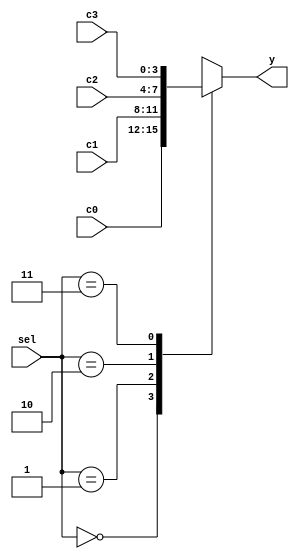
module dataselector(sel,c0,c1,c2,c3,y);
input [1:0] sel;
input [3:0] c0,c1,c2,c3;
output [3:0] y;

reg [3:0] out;
always @(sel or c0 or c1 or c2 or c3) begin
    case (sel) 
    2'b00: out=c0;
    2'b01: out=c1;
    2'b10: out=c2;
    2'b11: out=c3; 
    endcase
end

assign y=out;

endmodule